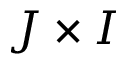
J \times I